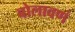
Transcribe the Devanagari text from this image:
बोलावणं